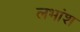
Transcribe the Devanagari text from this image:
लभांश